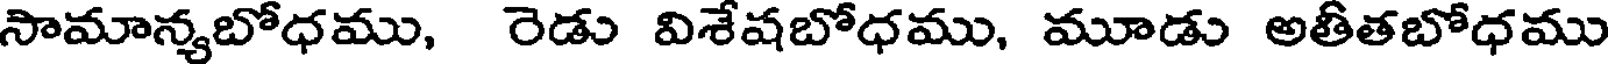
సామాన్యబోధము, రెడు విశేషబోధము, మూడు అతీతబోధము